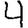
Digit: 4